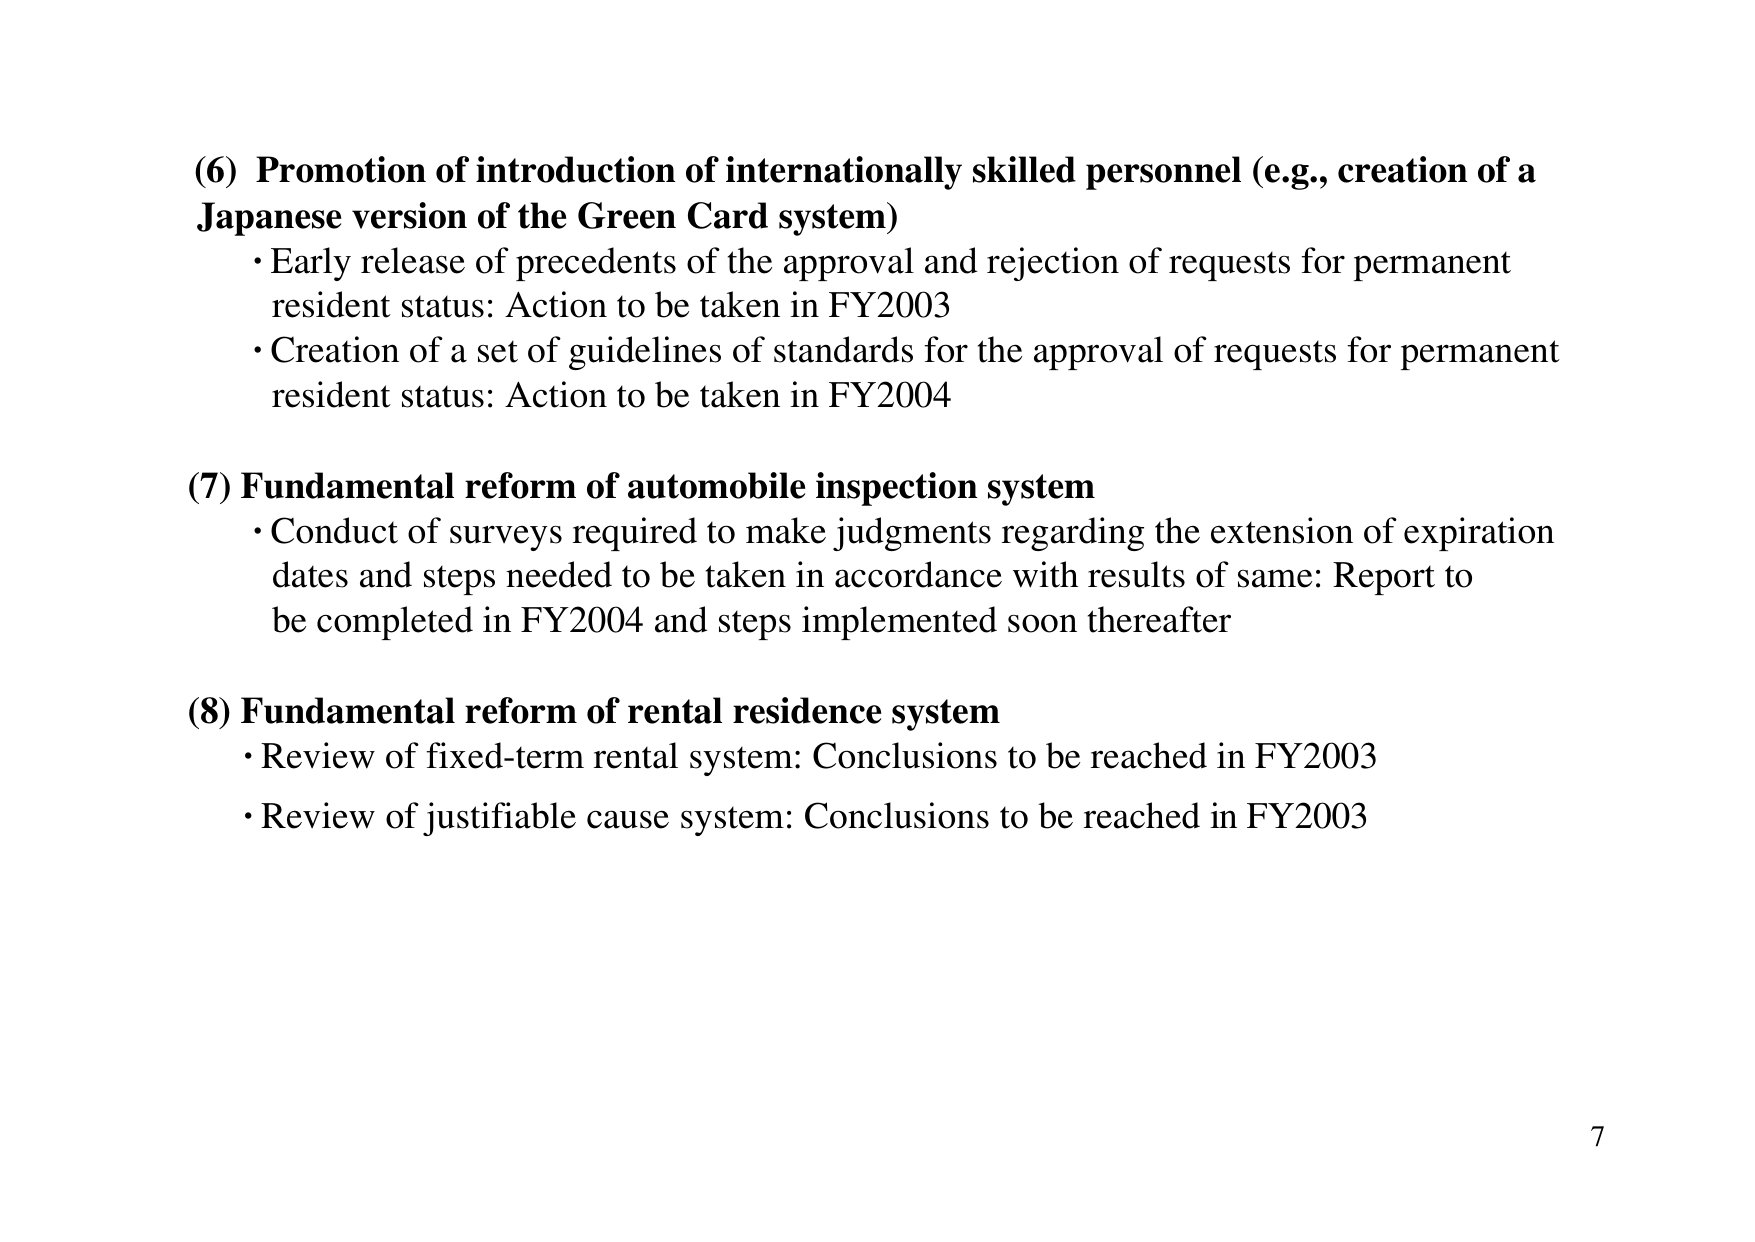
(6) Promotion of introduction of internationally skilled personnel (e.g., creation of a Japanese version of the Green Card system)
• Early release of precedents of the approval and rejection of requests for permanent resident status: Action to be taken in FY2003
• Creation of a set of guidelines of standards for the approval of requests for permanent resident status: Action to be taken in FY2004

(7) Fundamental reform of automobile inspection system
• Conduct of surveys required to make judgments regarding the extension of expiration dates and steps needed to be taken in accordance with results of same: Report to be completed in FY2004 and steps implemented soon thereafter

(8) Fundamental reform of rental residence system
• Review of fixed-term rental system: Conclusions to be reached in FY2003
• Review of justifiable cause system: Conclusions to be reached in FY2003

7